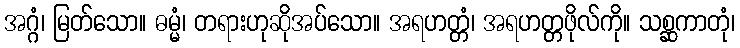
အဂ္ဂံ၊ မြတ်သော။ ဓမ္မံ၊ တရားဟုဆိုအပ်သော။ အရဟတ္တံ၊ အရဟတ္တဖိုလ်ကို။ သစ္ဆကာတုံ၊